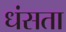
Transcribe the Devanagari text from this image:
धंसता